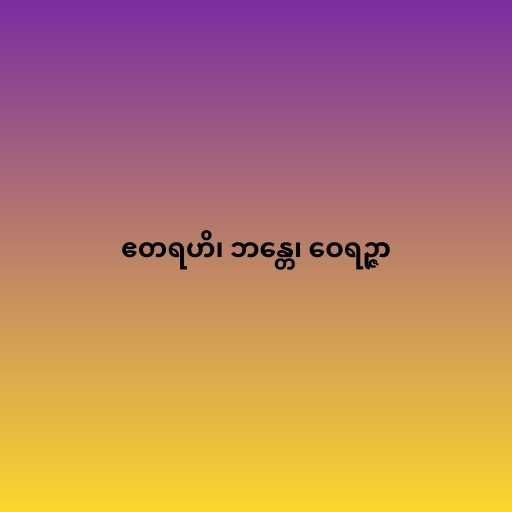
ဧတရဟိ၊ ဘန္တေ၊ ဝေရဉ္ဇာ